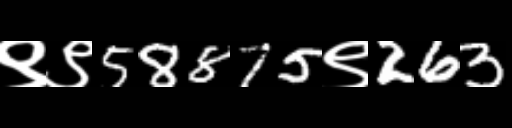
Text: ९९58875९263